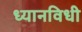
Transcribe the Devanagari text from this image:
ध्यानविधी